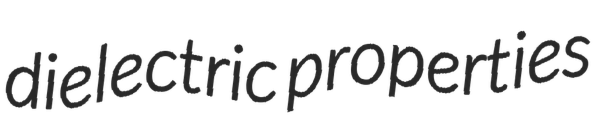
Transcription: dielectric properties